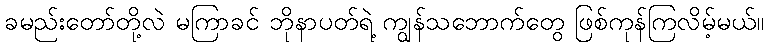
ခမည်းတော်တို့လဲ မကြာခင် ဘိုနာပတ်ရဲ့ ကျွန်သဘောက်တွေ ဖြစ်ကုန်ကြလိမ့်မယ်။